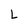
Character: L